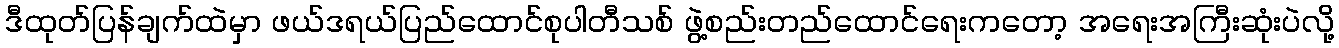
ဒီထုတ်ပြန်ချက်ထဲမှာ ဖယ်ဒရယ်ပြည်ထောင်စုပါတီသစ် ဖွဲ့စည်းတည်ထောင်ရေးကတော့ အရေးအကြီးဆုံးပဲလို့